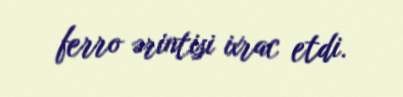
ferro ərintisi ixrac etdi.